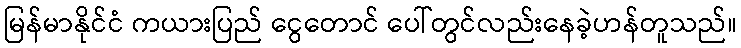
မြန်မာနိုင်ငံ ကယားပြည် ငွေတောင် ပေါ်တွင်လည်းနေခဲ့ဟန်တူသည်။